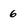
Character: 6